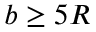
b \geq 5 R